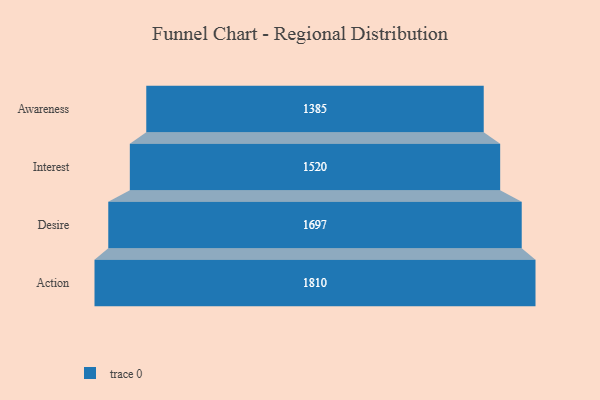
{"axis": {"x": "Stage", "y": "Value"}, "legend": [""], "data": [{"x": "Awareness", "y": 1385.0, "type": ""}, {"x": "Interest", "y": 1520.0, "type": ""}, {"x": "Desire", "y": 1697.0, "type": ""}, {"x": "Action", "y": 1810.0, "type": ""}]}